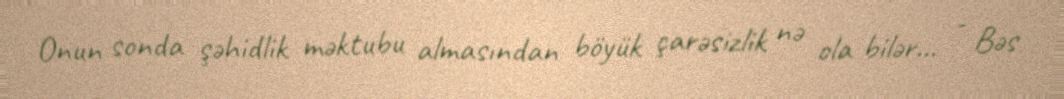
Onun sonda şəhidlik məktubu almasından böyük çarəsizlik nə ola bilər... - Bəs